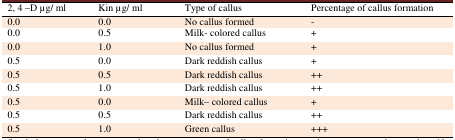
<table><thead><tr><td><b>2, 4 –D μg/ ml</b></td><td><b>Kin μg/ ml</b></td><td><b>Type of callus</b></td><td><b>Percentage of callus formation</b></td></tr></thead><tbody><tr><td>0.0</td><td>0.0</td><td>No callus formed</td><td>-</td></tr><tr><td>0.0</td><td>0.5</td><td>Milk- colored callus</td><td>+</td></tr><tr><td>0.0</td><td>1.0</td><td>No callus formed</td><td>+</td></tr><tr><td>0.5</td><td>0.0</td><td>Dark reddish callus</td><td>+</td></tr><tr><td>0.5</td><td>0.5</td><td>Dark reddish callus</td><td>++</td></tr><tr><td>0.5</td><td>1.0</td><td>Dark reddish callus</td><td>++</td></tr><tr><td>0.5</td><td>0.0</td><td>Milk– colored callus</td><td>+</td></tr><tr><td>0.5</td><td>0.5</td><td>Dark reddish callus</td><td>++</td></tr><tr><td>0.5</td><td>1.0</td><td>Green callus</td><td>+++</td></tr></tbody></table>